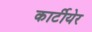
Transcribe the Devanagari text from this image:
कार्टीयेर